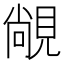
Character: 𬡾